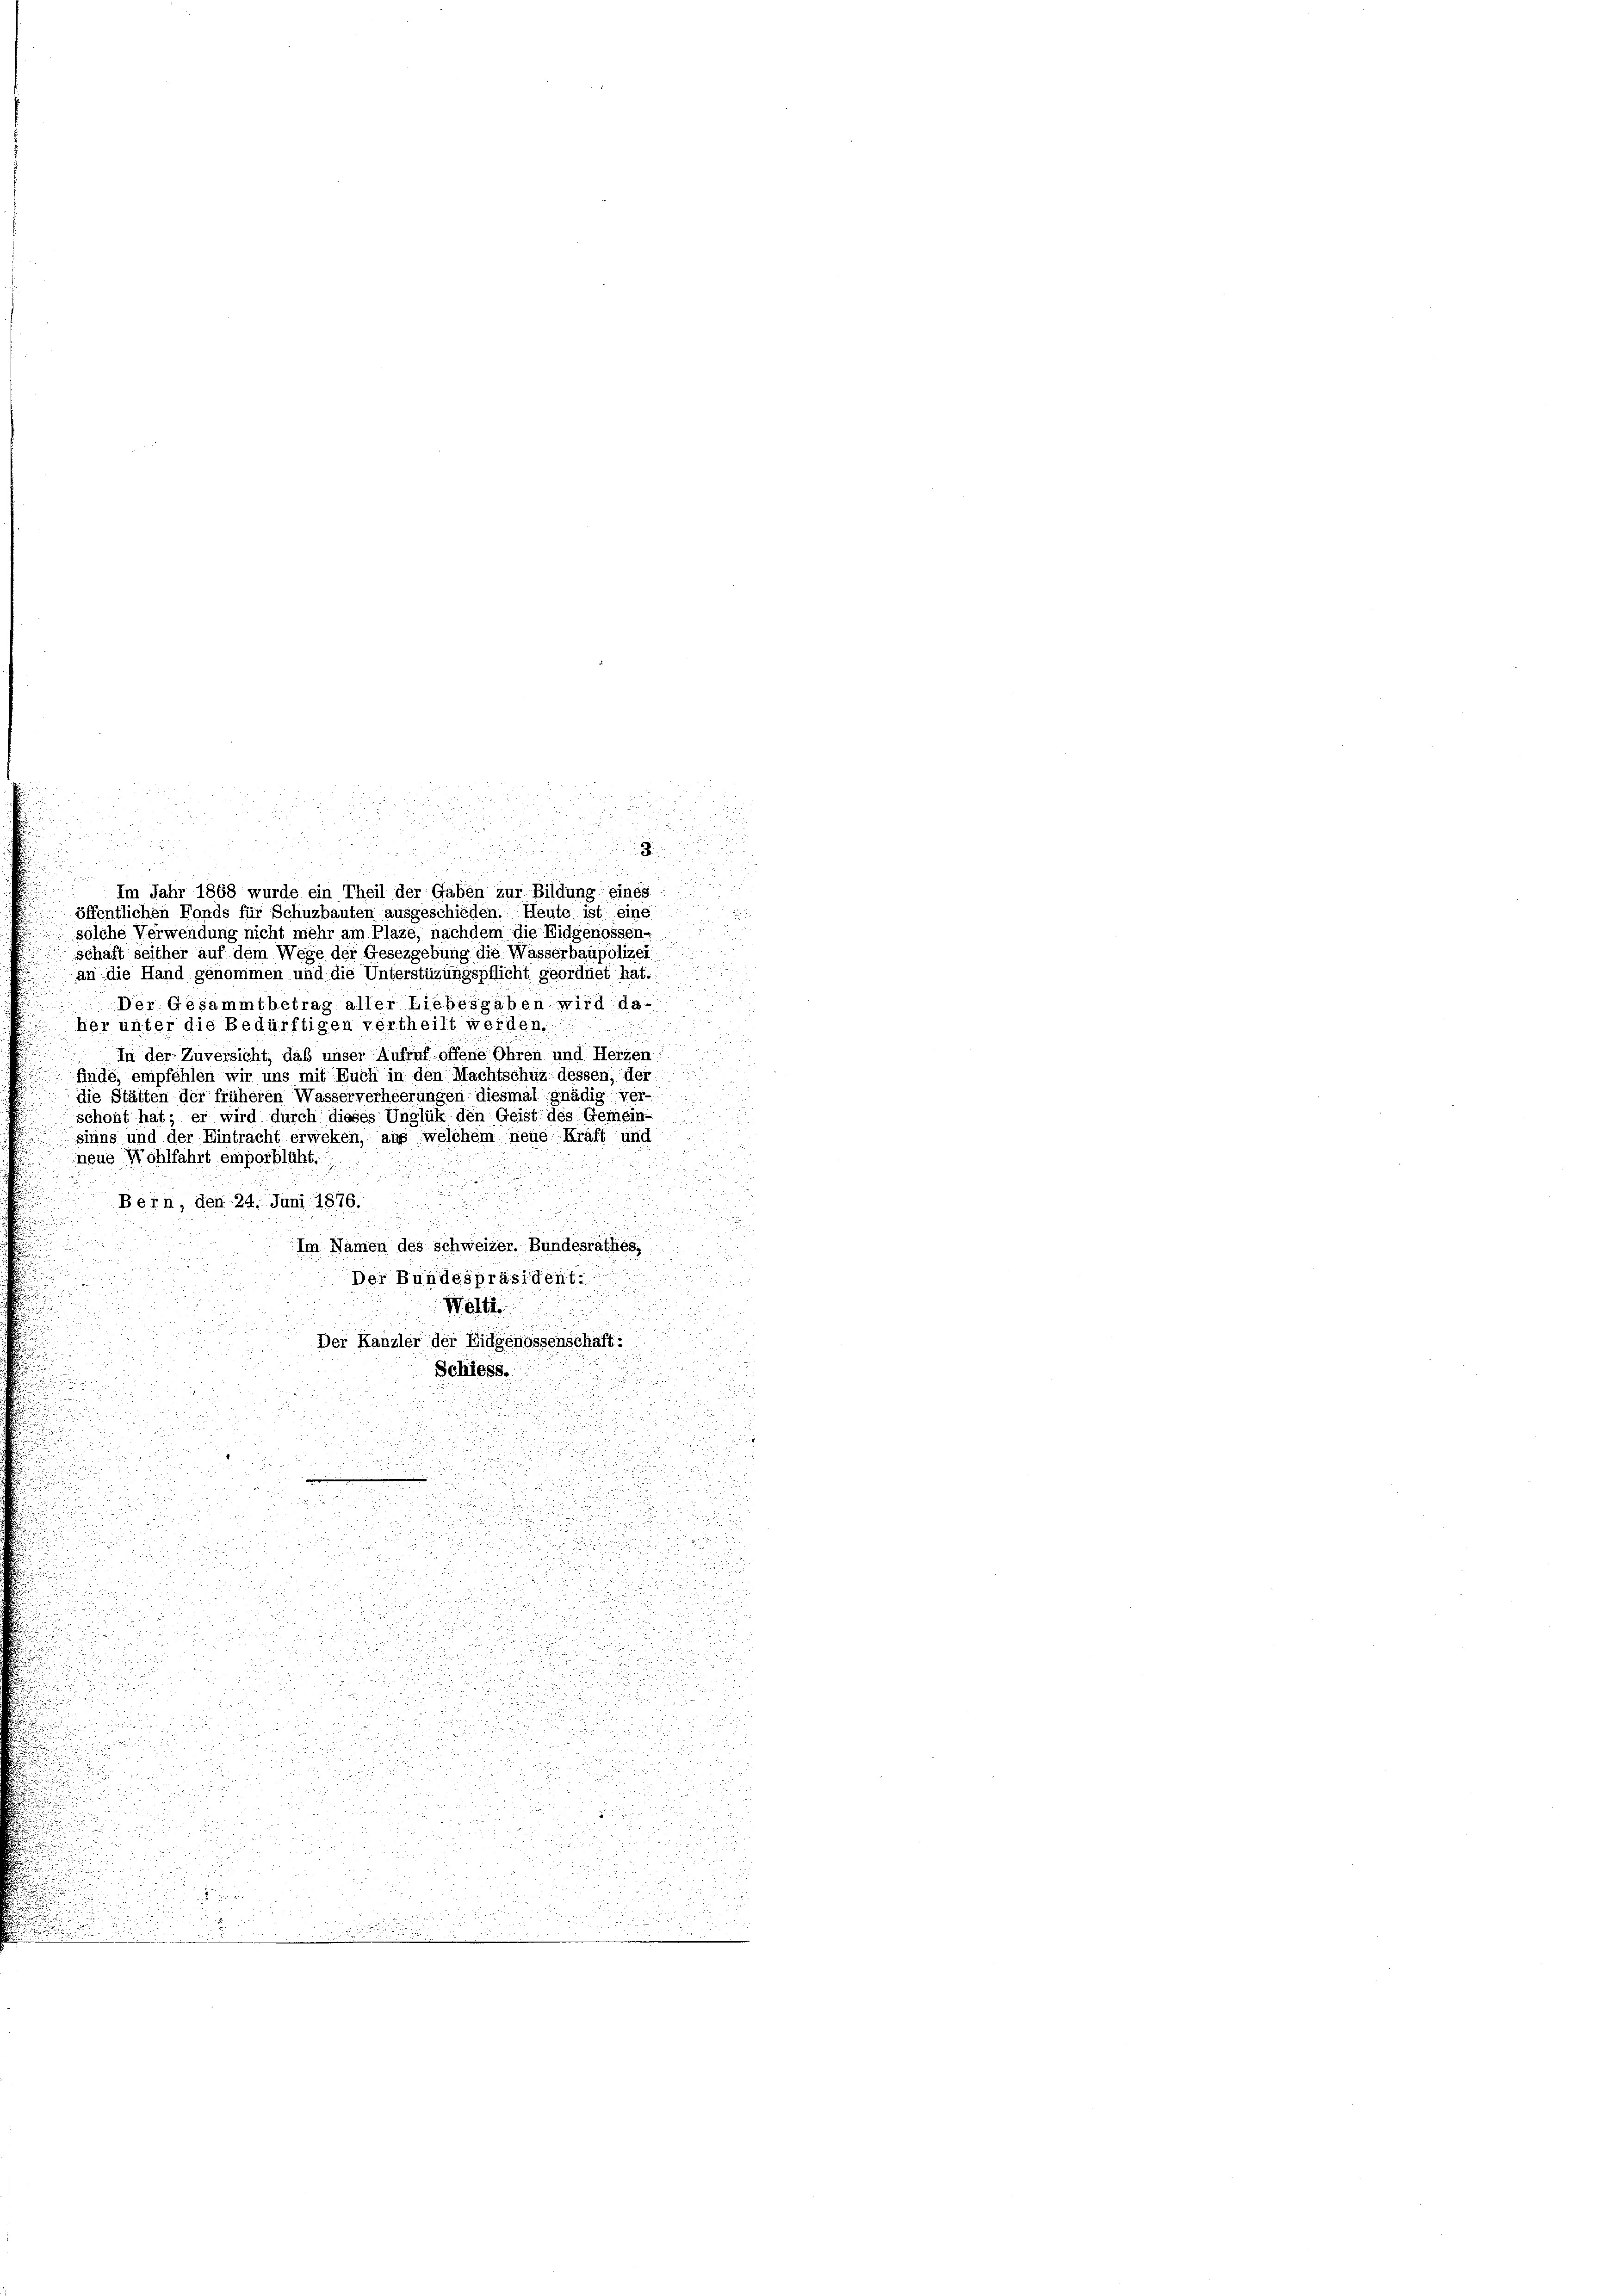
.
2
die Stätten der früheren Wasserverheerungen diesmal gnädig ver-
schont hat; er wird durch dieses Unglük den Geist des Gemein-
sinns und der Eintracht erweken, aus welchem neue Kraft und
neue Wohlfahrt emporblicht.

d
Bern, den 24. Juni 1876.
Im Namen des Schweizer. Bundesräthes,
Der Bundespräsident.
Welti.
d
Der Kanzler der Eidgenossenschaft:
Schiess.
d

8
.
i
Im Jahr 1868 wurde ein Theil der Gaben zur Bildung eines

öffentlichen Fonds für Schuzbauten ausgeschieden. Heute ist eine
solche Verwendung nicht mehr am Plaze, nachdem die Eidgenossen-
schaft seither auf dem Wege der Gesezgebung die Wasserbaupolizei.
an die Hand genommen und die Unterstüzungspflicht geordnet hat.
Der Gesammtbetrag aller Liebesgaben wird da-
her unter die Bedürftigen vertheilt werden.

In der Zuversicht, daß unser Aufruf offene Ohren und Herzen
 finde, empfehlen wir uns mit Euch in den Machtschuz dessen, der